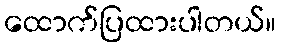
ထောက်ပြထားပါတယ်။